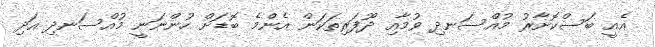
އެއީ ބަސްކޮށާރު މުއްސަނދި ވުމާއި ދޫފަރިތަކަން އެންމެ ބޮޑަށް ހުންނަނީ މުއްސަނދި އަދި